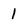
Character: 1